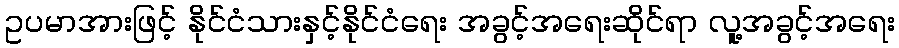
ဥပမာအားဖြင့် နိုင်ငံသားနှင့်နိုင်ငံရေး အခွင့်အရေးဆိုင်ရာ လူ့အခွင့်အရေး